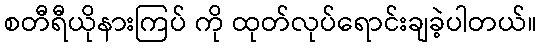
စတီရီယိုနားကြပ် ကို ထုတ်လုပ်ရောင်းချခဲ့ပါတယ်။